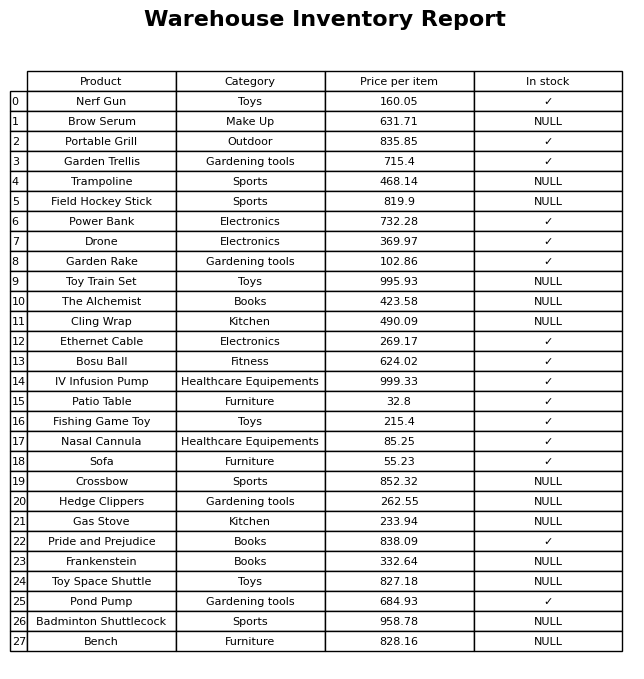
question: What is the price for Fishing Game Toy?
answer: The price of Fishing Game Toy is 215.4.